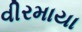
વીરમાયા